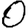
Digit: 0